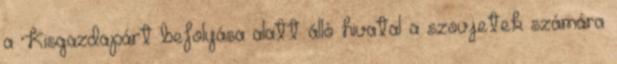
a Kisgazdapárt befolyása alatt álló hivatal a szovjetek számára